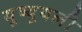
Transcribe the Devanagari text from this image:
यूष्यूयली